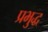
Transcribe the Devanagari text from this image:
प्रभुद्ध